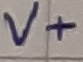
Text: V+